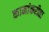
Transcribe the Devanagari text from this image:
कामांकरीता